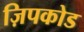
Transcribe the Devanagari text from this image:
ज़िपकोड